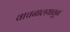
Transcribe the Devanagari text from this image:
वाचनालयातून